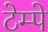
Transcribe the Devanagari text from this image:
टेम्पे